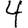
Digit: 4